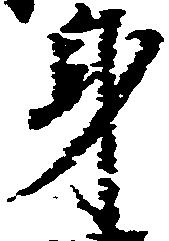
身